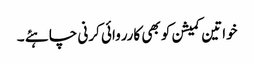
خواتین کمیشن کو بھی کارروائی کرنی چاہئے ۔